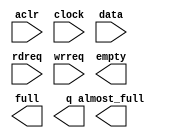
module hdr_fifo (
	aclr,
	clock,
	data,
	rdreq,
	wrreq,
	almost_full,
	empty,
	full,
	q);

	input	  aclr;
	input	  clock;
	input	[71:0]  data;
	input	  rdreq;
	input	  wrreq;
	output	  almost_full;
	output	  empty;
	output	  full;
	output	[71:0]  q;

endmodule